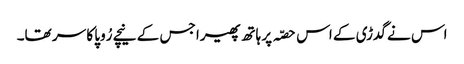
اس نے گدڑی کے اس حصّہ پر ہاتھ پھیرا جس کے نیچے رُوپا کا سر تھا۔